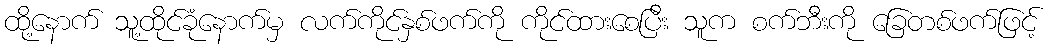
ထို့နောက် သူ့ထိုင်ခုံနောက်မှ လက်ကိုင်နှစ်ဖက်ကို ကိုင်ထားစေပြီး သူက စက်ဘီးကို ခြေတစ်ဖက်ဖြင့်